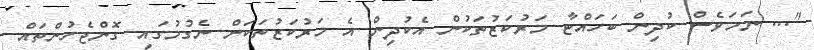
"... ނަމަވެސް ކުދިން ބަހައްޓާ މަރުކަޒުތަކުން އެކުދިން އެ މަރުކަޒުތަކަށް ނެގުމުގައި ގޮންޖެހުންތައް